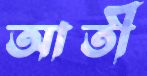
আতী